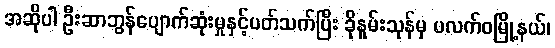
အဆိုပါ ဦးဆာဘွန်ပျောက်ဆုံးမှုနှင့်ပတ်သက်ပြီး ခိုနူမ်းသုန်မှ ပလက်ဝမြို့နယ်၊